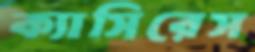
ক্যাসিরেস